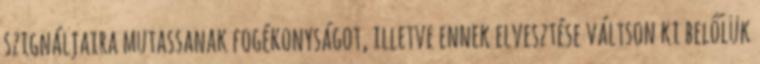
szignáljaira mutassanak fogékonyságot, illetve ennek elvesztése váltson ki belőlük